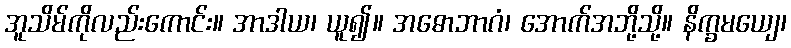
အူသိမ်ကိုလည်းကောင်း။ အာဒါယ၊ ယူ၍။ အဓောဘာဂံ၊ အောက်အဘို့သို့။ နိက္ခမယျေ၊